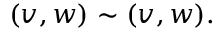
( v , w ) \sim ( v , w ) .